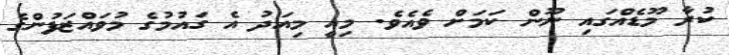
ކުރާ މޫޑެއްގައި ނޫން ކަމަށް ވެއެވެ. މިއީ މިއަދު އެ ގައުމުގެ މުވައްޒަފުންގެ